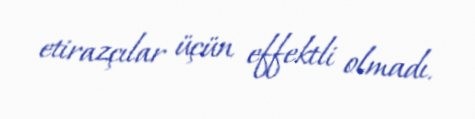
etirazçılar üçün effektli olmadı.